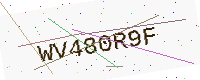
Text: WV480R9F